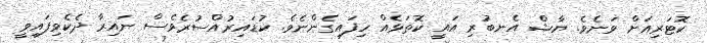
ކޮޓަރިއަށް ވަނެވެ. ޔާޝް އެނބުރި އައީ ކޮތަޅެއް ހިފައިގެންނެވެ. ކުޑައިރުއްސުރެވެސް ނައިރާ ދެކެވިފައިވީ